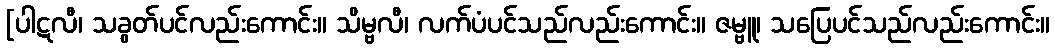
[ပါဋလီ၊ သခွတ်ပင်လည်းကောင်း။ သိမ္ဗလီ၊ လက်ပံပင်သည်လည်းကောင်း။ ဇမ္ဗူ၊ သပြေပင်သည်လည်းကောင်း။